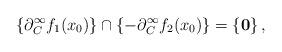
LaTeX: \begin{align*}\{\partial_C^\infty f_1(x_0) \} \cap \{-\partial_C^\infty f_2(x_0) \} = \{ \mathbf{0} \} \, ,\end{align*}